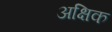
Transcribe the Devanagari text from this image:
अक्षिक